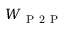
W _ { \mathrm { ~ P ~ 2 ~ P ~ } }